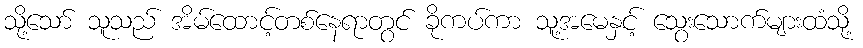
သို့သော် သူသည် အိမ်ထောင့်တစ်နေရာတွင် ခိုကပ်ကာ သူ့အမေနှင့် သွေးသောက်များထံသို့